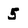
Character: 5